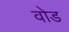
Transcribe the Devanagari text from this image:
वोड